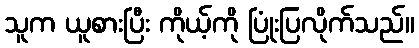
သူက ယူစားပြီး ကိုယ့်ကို ပြုံးပြလိုက်သည်။